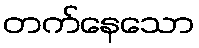
တက်နေသော